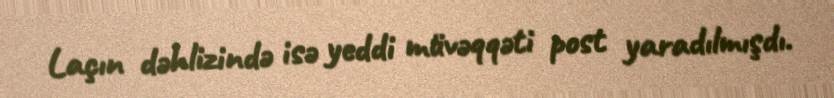
Laçın dəhlizində isə yeddi müvəqqəti post yaradılmışdı.